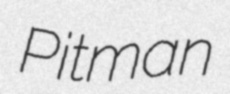
Pitman